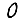
Digit: 0